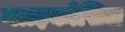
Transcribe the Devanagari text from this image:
ग्लाइकोसिल